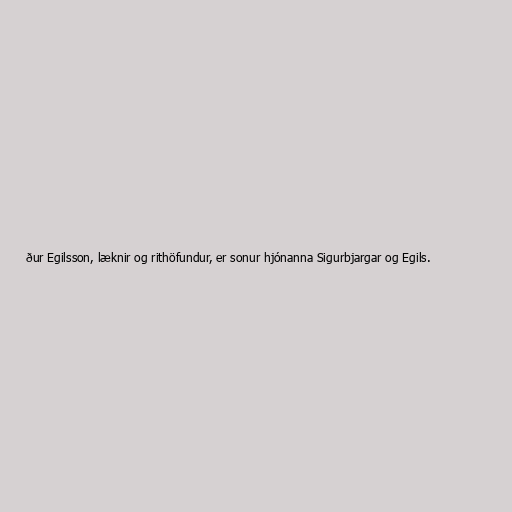
ður Egilsson, læknir og rithöfundur, er sonur hjónanna Sigurbjargar og Egils.